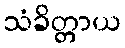
သံခိတ္တာယ